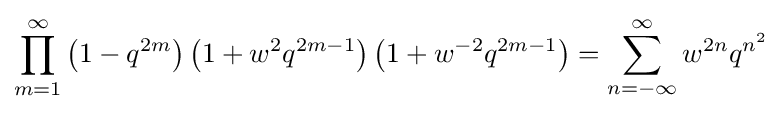
\prod _{m=1}^{\infty }\left(1-q^{2m}\right)\left(1+w^{2}q^{2m-1}\right)\left(1+w^{-2}q^{2m-1}\right)=\sum _{n=-\infty }^{\infty }w^{2n}q^{n^{2}}